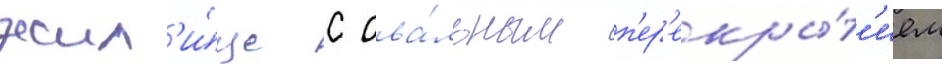
жил'и́ще с ова́льным п'ер'екры́т'ием